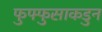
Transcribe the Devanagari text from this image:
फुफ्फुसाकडुन